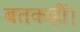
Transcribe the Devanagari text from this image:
बतकहीं।